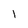
Character: 1